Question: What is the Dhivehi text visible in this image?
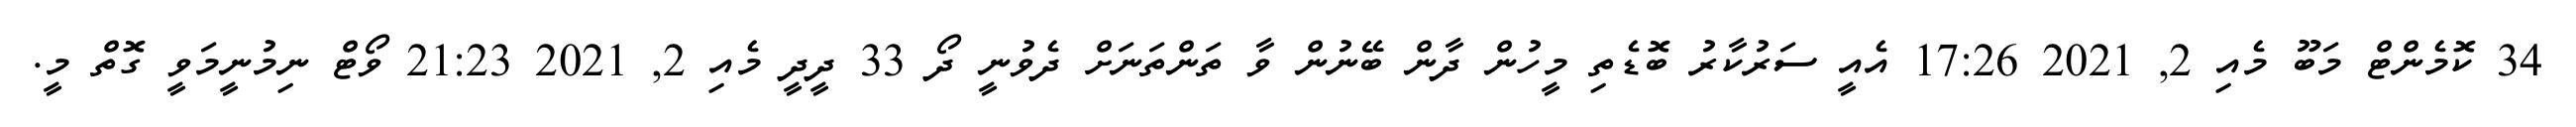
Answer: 34 ކޮމެންޓް މަބޫ މެއި 2, 2021 17:26 އެއީ ސަރުކާރު ބޮޑެތި މީހުން ދާން ބޭނުން ވާ ތަންތަނަށް ދެވުނީ ދޯ 33 ދީދީ މެއި 2, 2021 21:23 ވޯޓް ނިމުނީމަވީ ގޮތް މީ.